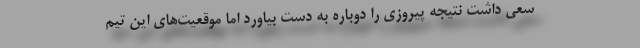
سعی داشت نتیجه پیروزی را دوباره به دست بیاورد اما موقعیت‌های این تیم